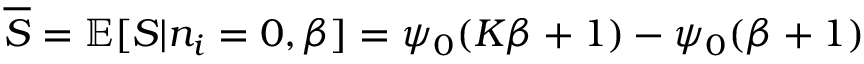
\overline { { S } } = \mathbb { E } [ S | n _ { i } = 0 , \beta ] = \psi _ { 0 } ( K \beta + 1 ) - \psi _ { 0 } ( \beta + 1 )